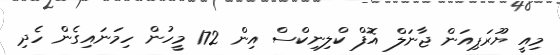
މިއީ ޔޫރަޕިއަން ޖާނަލް އޮފް ކްލިނިކްސް އިން 172 މީހުން ހިމަނައިގެން ހެދި